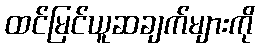
ထင်မြင်ယူဆချက်များကို